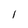
Character: l